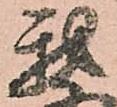
我